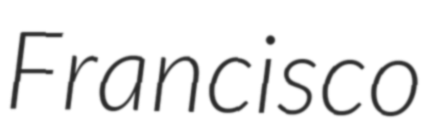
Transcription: Francisco